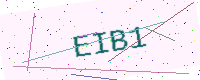
Text: EIB1